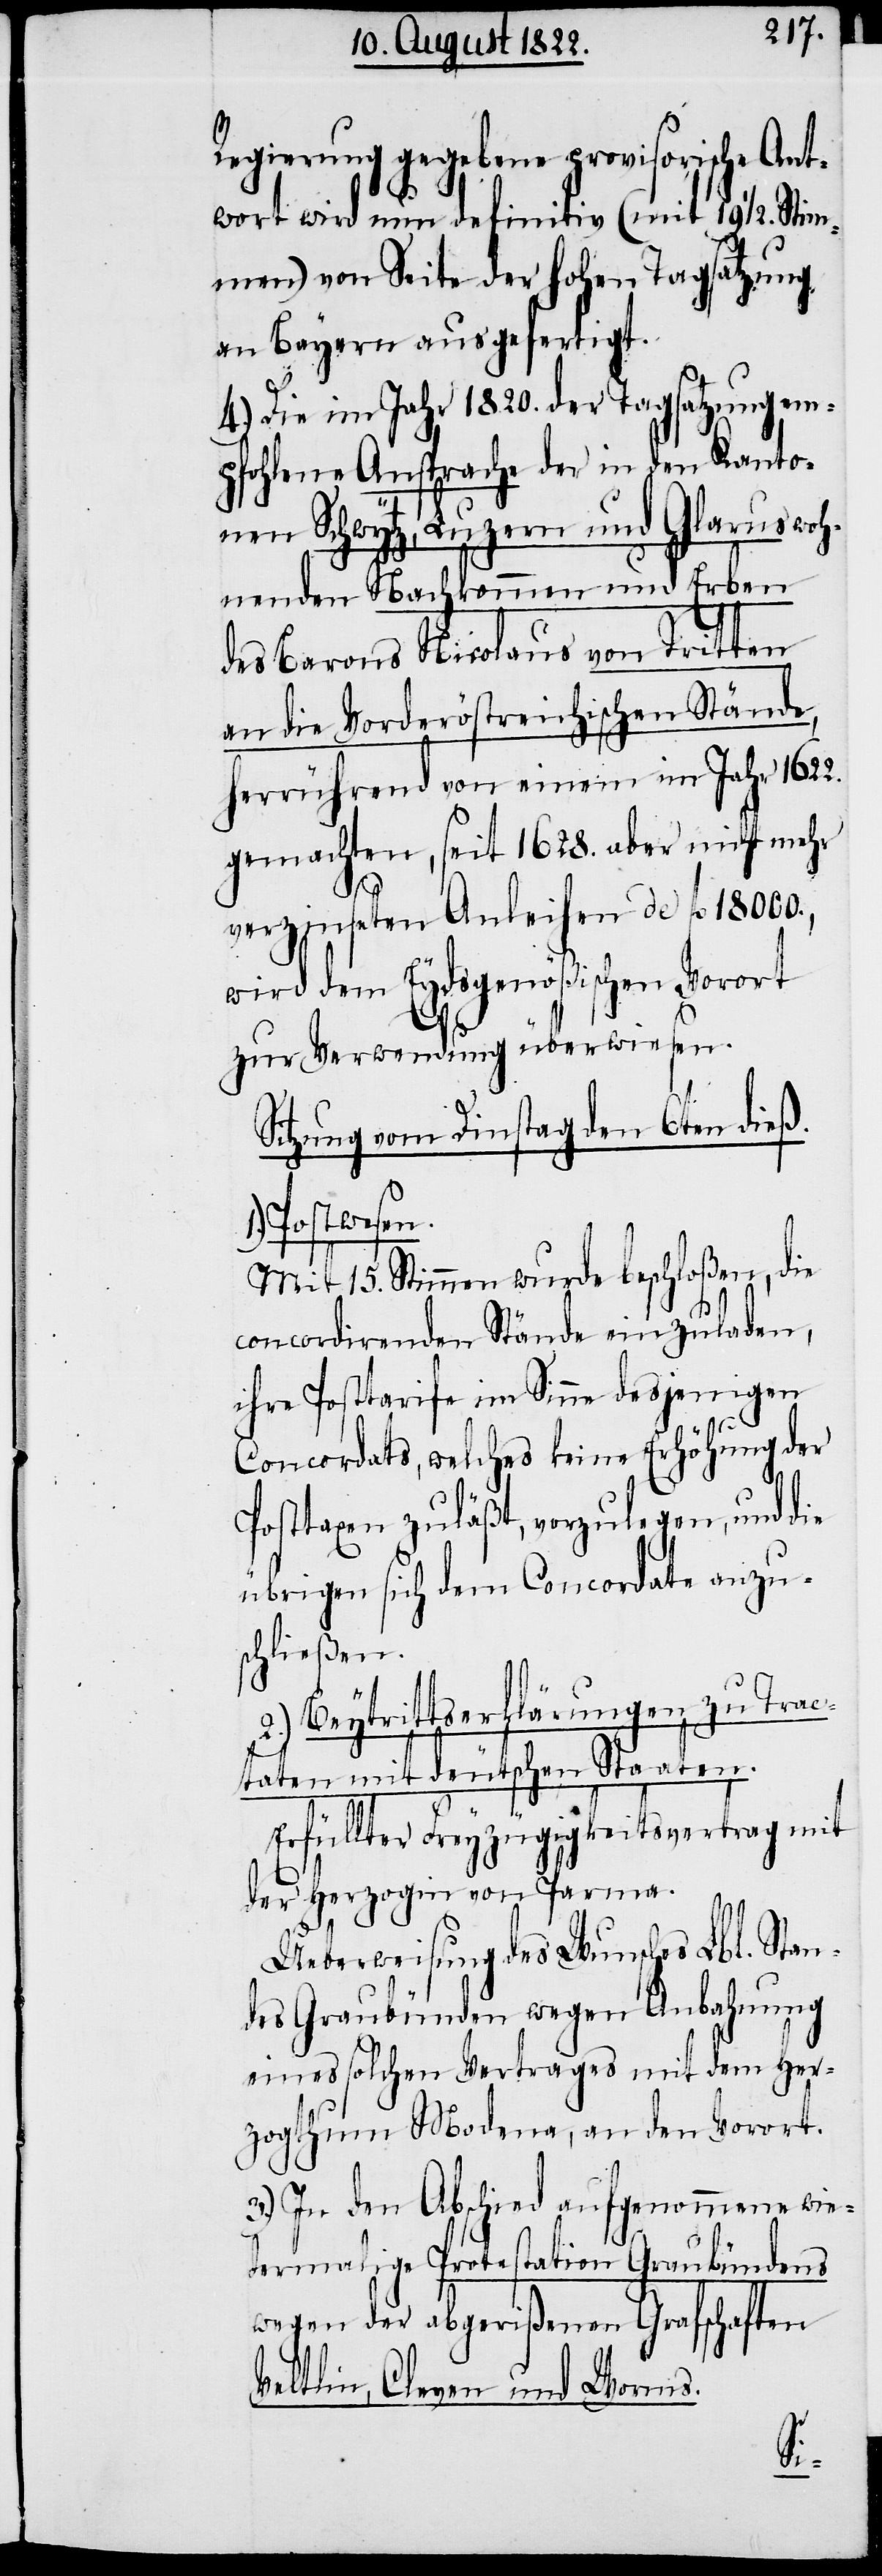
Regierung gegebene provisorische Ant¬
wort wird nun definitiv (mit 19 ½. Stim¬
men) von Seite der hohen Tagsatzung
an Bayern ausgefertigt.
4.) Die im Jahr 1820. der Tagsatzung em¬
pfohlene Ansprache der in den Kanto¬
nen Schwytz, Luzern und Glarus woh¬
nenden Nachkommen und Erben
des Barons Nicolaus von Tritten
an die Vorderösterreichischen Stände,
herrührend von einem im Jahr 1622.
gemachten, seit 1628. aber nicht mehr
verzeichneten Anleihen de fl. 18000.,
wird dem Eydsgenößischen Vorot
zur Verwendung überwiesen.
Sitzung vom Dinstag den 6ten dieß.
1.) Postwesen.
Mit 15. Stimmen wurde beschloßen, die
concordirenden Stände einzuladen,
ihre Posttarife im Sinne desjenigen
Concordats, welches keine Erhöhung der
Posttaxen zuläßt, vorzulegen, und die
übrigen sich dem Concordate anzu¬
schließen.
2.) Beytrittserklärungen zu Trac¬
taten mit deutschen Staaten.
Erfüllter Freyzügigkeitsvertrag mit
der Herzogin von Parma.
Ueberweisung des Wunsches Lbl. Stan¬
des Graubünden wegen Anbahnung
eines solchen Vertrages mit dem Her¬
zogthum Modena, an den Vorort.
3.) In den Abschied aufgenommene wie¬
dermalige Protestation Graubündens
wegen der abgerißenen Grafschaften
Veltlin, Cleven und Worms.